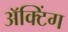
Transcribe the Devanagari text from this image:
अॅक्टिंग